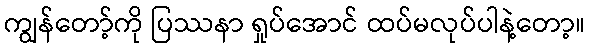
ကျွန်တော့်ကို ပြဿနာ ရှုပ်အောင် ထပ်မလုပ်ပါနဲ့တော့။